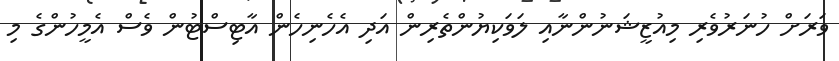
ވަރަށް ހުނަރުވެރި މިއުޒީޝަނުންނާއި ލަވަކިޔުންތެރިން އަދި އެހެނިހެން އާޓިސްޓުން ވެސް އެމީހުންގެ މި